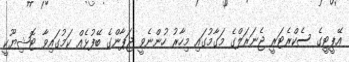
އޭޕީޓީގެ ސެކްރެޓަރީ ޖެނަރަލްގެ މަގާމުގައި މިހާރު ހުންނެވީ ޖަޕާންގެ ބޭފުޅެއް ކަމުގައިވާ ޓޮޝިޔޫކީ